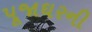
પૂજાઘરની